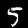
Digit: 5